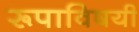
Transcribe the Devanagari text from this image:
रूपाविषयी